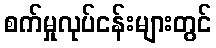
စက်မှုလုပ်ငန်းများတွင်